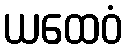
ယထေဝံ